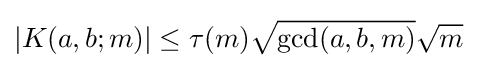
|K(a,b;m)|\leq \tau (m){\sqrt {\gcd(a,b,m)}}{\sqrt {m}}